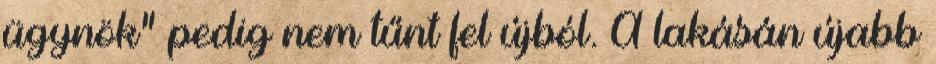
ügynök” pedig nem tűnt fel újból. A lakásán ú­jabb